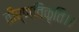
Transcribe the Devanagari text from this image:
तीर्णविकृति।।